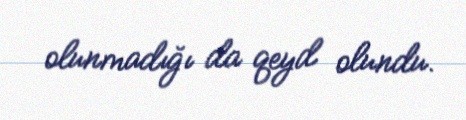
olunmadığı da qeyd olundu.